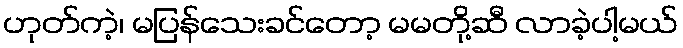
ဟုတ်ကဲ့၊ မပြန်သေးခင်တော့ မမတို့ဆီ လာခဲ့ပါ့မယ်